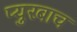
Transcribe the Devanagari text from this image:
प्युरबाच